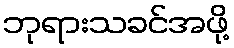
ဘုရားသခင်အဖို့